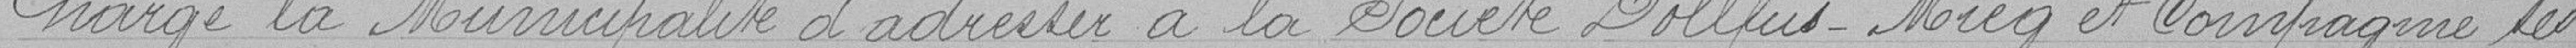
Charge la Municipalité d'adresser à la société Dollfus-Micq et Compagnie les